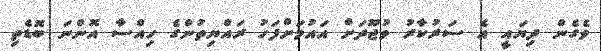
ވެގެން ދިޔައީ އެ ސަރުކާރު ވުޖޫދަށް އައުމަށްފަހު ރައްޔިތުންގެ ހިއްސާ އޮންނަ ބޮޑެތި